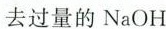
去过量的NaOH